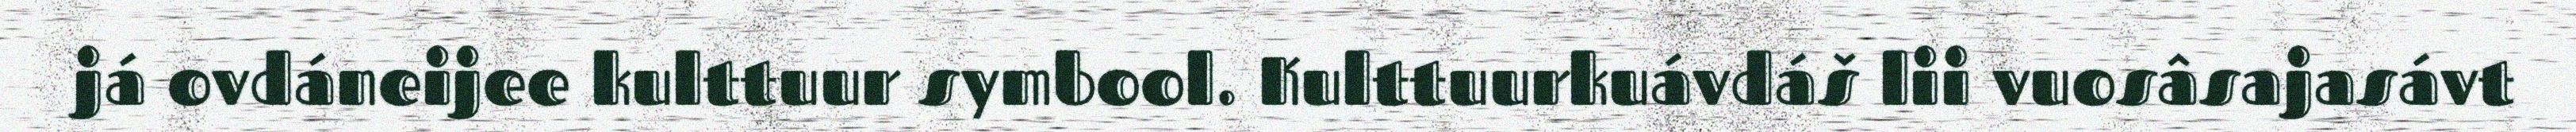
já ovdáneijee kulttuur symbool. Kulttuurkuávdáš lii vuosâsajasávt